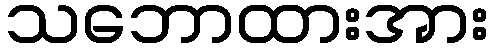
သဘောထားအား